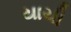
યાચી